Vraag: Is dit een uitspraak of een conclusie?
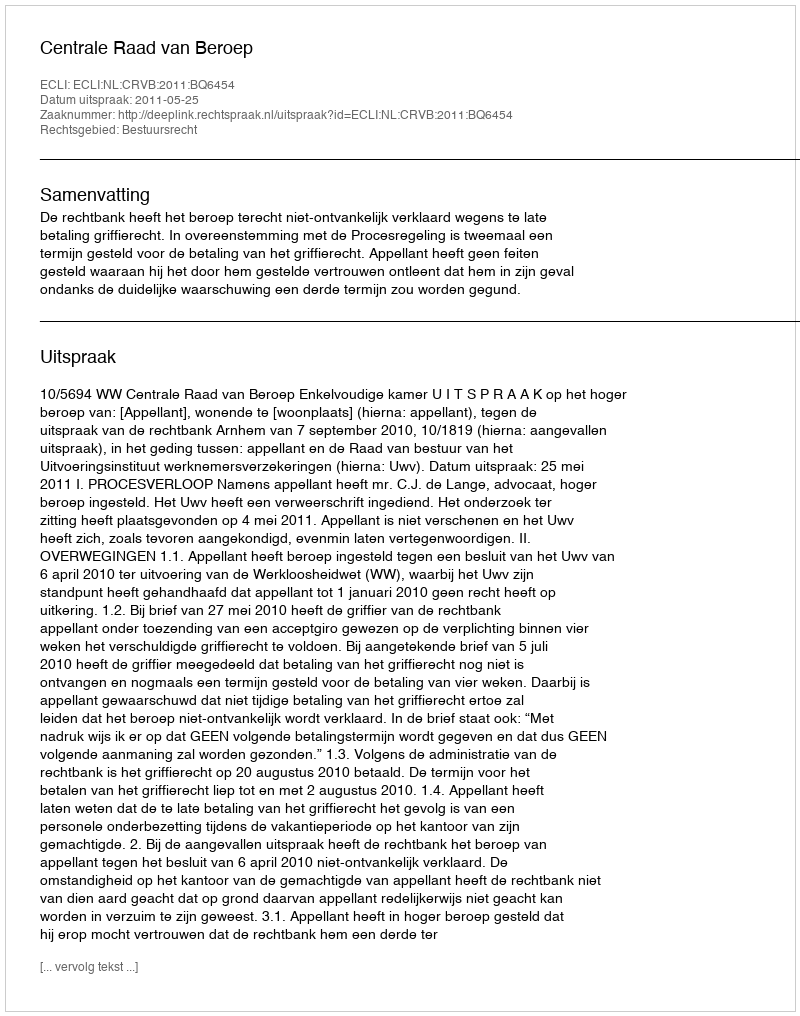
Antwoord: Uitspraak